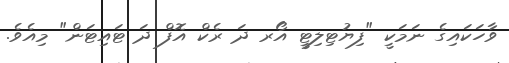
ވާހަކައިގެ ނަމަކީ "ފިޔުޓިލިޓީ އޯރ ދަ ރެކް އޮފް ދަ ޓައިޓަން" މިއެވެ.